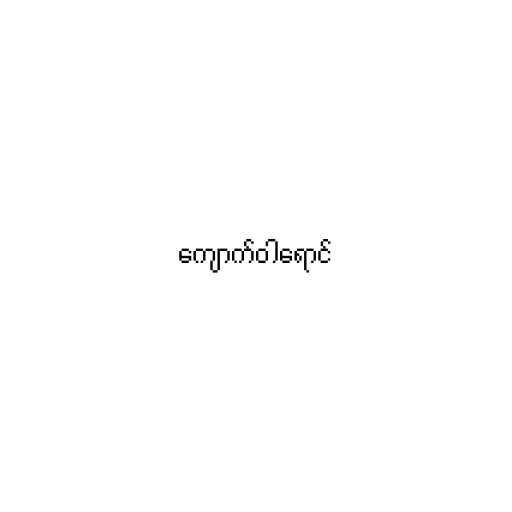
ကျောက်ဝါရောင်